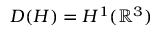
D ( H ) = H ^ { 1 } ( \mathbb { R } ^ { 3 } )